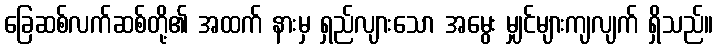
ခြေဆစ်လက်ဆစ်တို့၏ အထက် နားမှ ရှည်လျားသော အမွေး မျှင်များကျလျက် ရှိသည်။